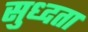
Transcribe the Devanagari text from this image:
सुध्दता